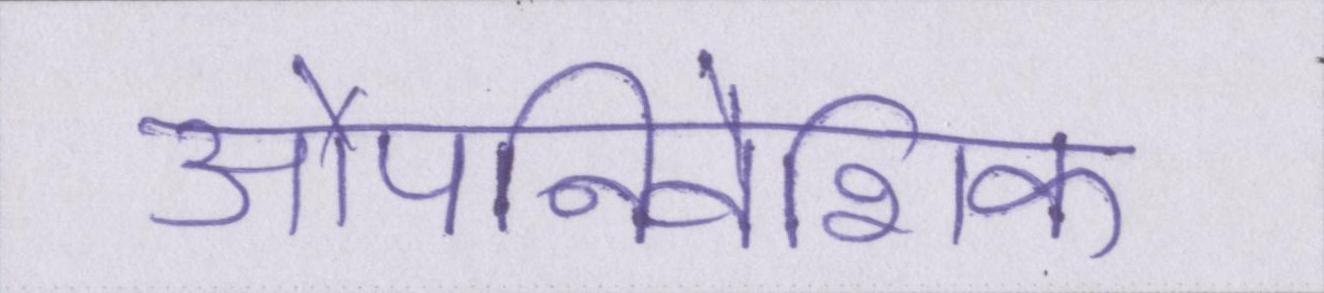
औपनिवेशिक